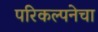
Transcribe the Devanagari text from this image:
परिकल्पनेचा